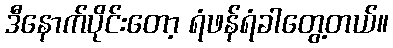
ဒီနောက်ပိုင်းတော့ ရံဖန်ရံခါတွေ့တယ်။